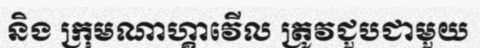
និង ក្រុមណាហ្គាវើល ត្រូវជួបជាមួយ